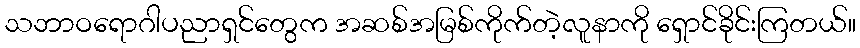
သဘာဝရောဂါပညာရှင်တွေက အဆစ်အမြစ်ကိုက်တဲ့လူနာကို ရှောင်ခိုင်းကြတယ်။